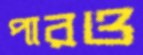
পারও